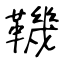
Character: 鞿